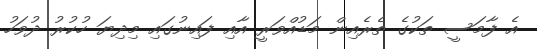
އެ ފާމަސީ ތަކުގެ ތެރެއިން މަޑުއްވަރީ އާއި ފައިނުގައި މިދިޔަ ހުކުރު ދުވަހު